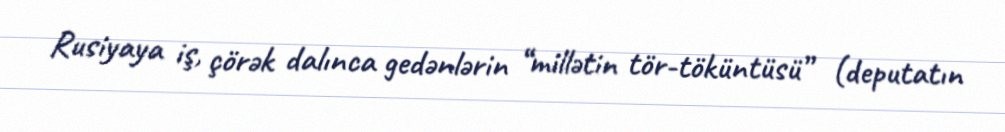
Rusiyaya iş, çörək dalınca gedənlərin “millətin tör-töküntüsü” (deputatın